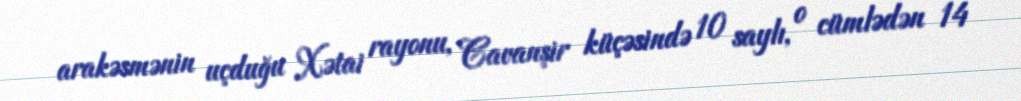
arakəsmənin uçduğu Xətai rayonu, Cavanşir küçəsində 10 saylı, o cümlədən 14